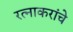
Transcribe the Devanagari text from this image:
रत्नाकरांचे